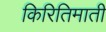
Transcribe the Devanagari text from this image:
किरितिमाती